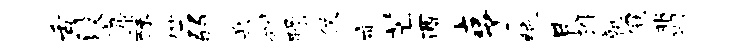
舌没麋酥竺弱兵刳躁仗亦芒酉亨绝艮准孰冠翡